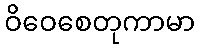
ဝိဝေစေတုကာမာ